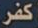
كفر